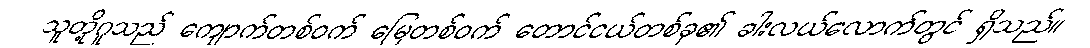
သူတို့ဂူသည် ကျောက်တစ်ဝက် မြေတစ်ဝက် တောင်ငယ်တစ်ခု၏ ခါးလယ်လောက်တွင် ရှိသည်။